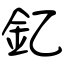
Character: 釔